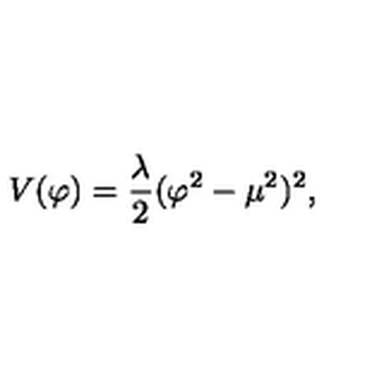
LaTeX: V ( \varphi ) = \frac { \lambda } { 2 } ( \varphi ^ { 2 } - \mu ^ { 2 } ) ^ { 2 } ,